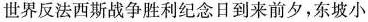
世界反法西斯战争胜利纪念日到来前夕，东坡小